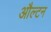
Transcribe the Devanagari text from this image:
औल्टन